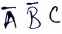
Text: ABC